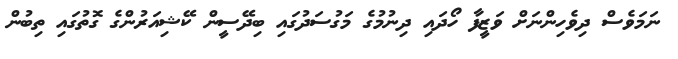
ނަމަވެސް ދިވެހިންނަށް ވަޒީފާ ހޯދައި ދިނުމުގެ މަގުސަދުގައި ބިދޭސީން ކޭޝިއަރުންގެ ގޮތުގައި ތިބުން